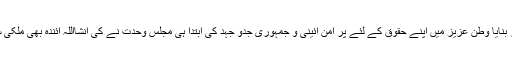
مجلس وحدت مسلمین پاکستان نے ہمیشہ سے بلا رنگ و نسل ومذہب مظلوموں کی حمایت کو اپنا شعار بنایا وطن عزیز میں اپنے حقوق کے لئے پر امن آئینی و جمہوری جدو جہد کی ابتدا ہی مجلس وحدت نے کی انشااللہ آئندہ بھی ملکی سلامتی و استحکام کے لئے جدو جہد اور مظلوموں کی حمایت اسی جذبے کے تحت جاری رکھیں گے۔